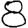
Digit: 8